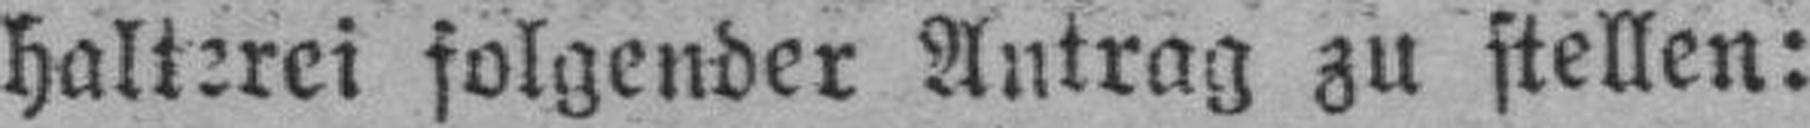
halterei folgender Antrag zu stellen: